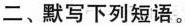
二、默写下列短语。